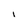
Character: I